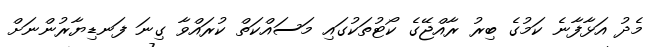
މެދު އަޅާފާނެ ކަމުގެ ބިރު ރާއްޖޭގެ ކޯޓުތަކުގައި މަސައްކަތް ކުރައްވާ ގިނަ ފަނޑިޔާރުންނަށް